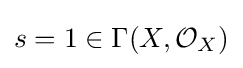
s=1\in \Gamma (X,{\mathcal {O}}_{X})